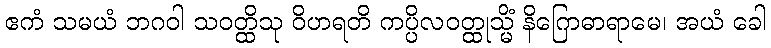
ဧကံ သမယံ ဘဂဝါ သဝတ္ထိသု ဝိဟရတိ ကပ္ပိလဝတ္ထုသ္မိံ နိဂြောဓာရာမေ၊ အယံ ခေါ